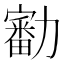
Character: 㔤